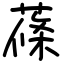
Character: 蓧